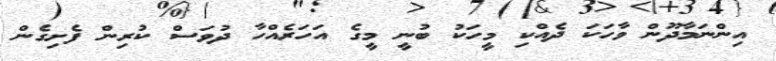
އިންނަމާދޫން ވާހަކަ ދެއްކި މީހަކު ބުނީ މީގެ އަހަރެއްހާ ދުވަސް ކުރިން ފެށިގެން